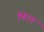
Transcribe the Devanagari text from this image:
भिउन